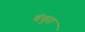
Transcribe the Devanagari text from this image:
बंचुरा